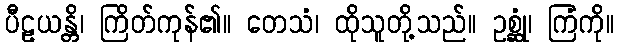
ပီဠယန္တိ၊ ကြိတ်ကုန်၏။ တေသံ၊ ထိုသူတို့သည်။ ဥစ္ဆုံ၊ ကြံကို။